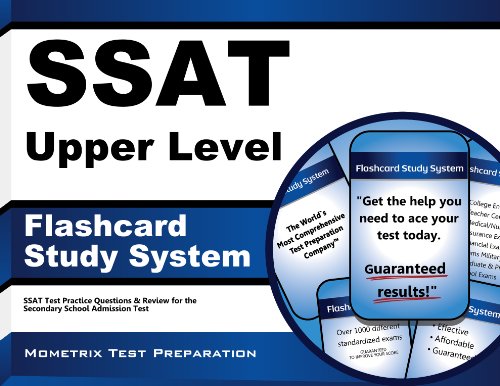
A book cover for SSAT Upper Level Flashcard Study System: SSAT Test Practice Questions & Review for the Secondary School Admission Test (Cards); SSAT Exam Secrets Test Prep Team; Test Preparation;